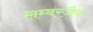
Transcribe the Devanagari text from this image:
लम्बरजैक